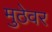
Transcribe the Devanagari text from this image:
मुठेवर